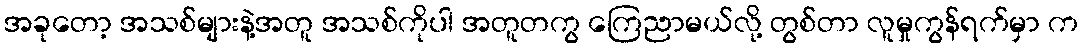
အခုတော့ အသစ်များနဲ့အတူ အသစ်ကိုပါ အတူတကွ ကြေညာမယ်လို့ တွစ်တာ လူမှုကွန်ရက်မှာ က